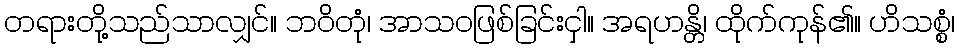
တရားတို့သည်သာလျှင်။ ဘဝိတုံ၊ အာသဝဖြစ်ခြင်းငှါ။ အရဟန္တိ၊ ထိုက်ကုန်၏။ ဟိသစ္စံ၊